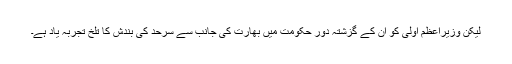
لیکن وزیراعظم اولی کو ان کے گزشتہ دور حکومت میں بھارت کی جانب سے سرحد کی بندش کا تلخ تجربہ یاد ہے۔